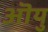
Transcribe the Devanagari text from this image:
ऒयु